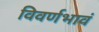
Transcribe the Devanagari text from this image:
विवर्णभावं